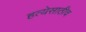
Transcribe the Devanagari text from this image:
हत्येसाठीच